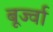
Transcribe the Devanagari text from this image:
बूर्ज्वा